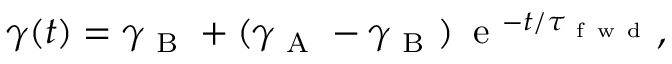
\gamma ( t ) = \gamma _ { \mathrm { ~ B ~ } } + ( \gamma _ { \mathrm { ~ A ~ } } - \gamma _ { \mathrm { ~ B ~ } } ) \, \mathrm { ~ e ~ } ^ { - t / \tau _ { \mathrm { ~ f ~ w ~ d ~ } } } ,